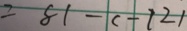
= 8 1 - ( - 7 2 )